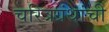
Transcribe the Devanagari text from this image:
चरित्रग्रंथांची